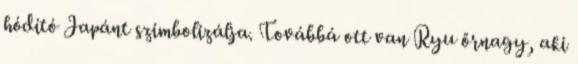
hódító Japánt szimbolizálja. Továbbá ott van Ryu őrnagy, aki